Indian journal of veterinary science and animal husbandry - Volume 13,
Year: 1943
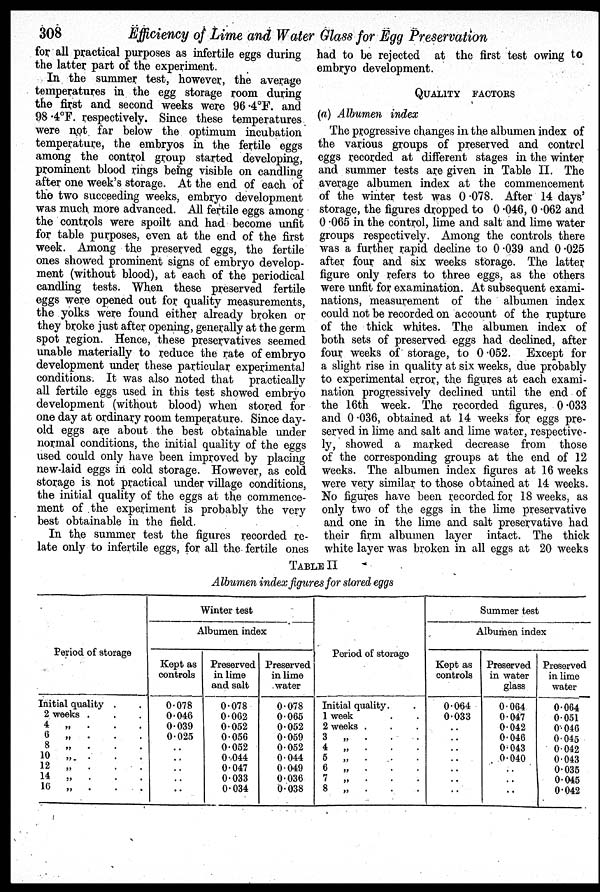
308 Efficiency of Lime and Water Glass for Egg Preservation
for all practical purposes as infertile eggs during
the latter part of the experiment.
In the summer test, however, the average
temperatures in the egg storage room during
the first and second weeks were 96.4ºF. and
98.4ºF. respectively. Since these temperatures
were not far below the optimum incubation
temperature, the embryos in the fertile eggs
among the control group started developing,
prominent blood rings being visible on candling
after one week's storage. At the end of each of
the two succeeding weeks, embryo development
was much, more advanced. All fertile eggs among
the controls were spoilt and had become unfit
for table purposes, even at the end of the first
week. Among the preserved eggs, the fertile
ones showed prominent signs of embryo develop-
ment (without blood), at each of the periodical
candling tests. When these preserved fertile
eggs were opened out for quality measurements,
the yolks were found either already broken or
they broke just after opening, generally at the germ
spot region. Hence, these preservatives seemed
unable materially to reduce the rate of embryo
development under these particular experimental
conditions. It was also noted that
practically
all fertile eggs used in this test showed embryo
development (without blood) when stored for
one day at ordinary room temperature. Since day-
old eggs are about the best obtainable under
normal conditions, the initial quality of the eggs
used could only have been improved by placing
new-laid eggs in cold storage. However, as cold
storage is not practical under village conditions,
the initial quality of the eggs at the commence-
ment of the experiment is probably the very
best obtainable in the field.
In the summer test the figures recorded re-
late only to infertile eggs, for all the fertile ones
had to be rejected at the first test owing to
embryo development.
QUALITY FACTORS
(a) Albumen index
The progressive changes in the albumen index of
the various groups of preserved and control
eggs recorded at different stages in the winter
and summer tests are given in Table II. The
average albumen index at the commencement
of the winter test was 0.078. After 14 days'
storage, the figures dropped to 0.046, 0.062 and
0.065 in the control, lime and salt and lime water
groups respectively. Among the controls there
was a further rapid decline to 0.039 and 0.025
after four and six weeks storage. The latter
figure only refers to three eggs, as the others
were unfit for examination. At subsequent exami-
nations, measurement of the albumen index
could not be recorded on account of the rupture
of the thick whites. The albumen index of
both sets of preserved eggs had declined, after
four weeks of' storage, to 0.052. Except for
a slight rise in quality at six weeks, due probably
to experimental error, the figures at each exami-
nation progressively declined until the end of
the 16th week. The recorded figures, 0.033
and 0.036, obtained at 14 weeks for eggs pre-
served in lime and salt and lime water, respective-
ly, showed a marked decrease from those
of the corresponding groups at the end of 12
weeks. The albumen index figures at 16 weeks
were very similar to those obtained at 14 weeks.
No figures have been recorded for 18 weeks, as
only two of the eggs in the lime preservative
and one in the lime and salt preservative had
their firm albumen layer intact. The thick
white layer was broken in all eggs at 20 weeks
TABLE II
Albumen index figures for stored eggs
Period of storage
Initial quality . .
2 weeks . . .
4 „ . . .
6 „ . . .
8 „ . . .
10 „ . . .
12 „ . . .
14 „ . . .
16
„
.
.
.
Winter test
Albumen index
Kept as
controls
0.078
0.046
0.039
0.025
. .
. .
. .
. .
. .
Preserved
in lime
and salt
0.078
0.062
0.052
0.056
0.052
0.044
0.047
0.033
0.034
Preserved
in lime
water
0.078
0.065
0.052
0.059
0.052
0.044
0.049
0.036
0.038
Period of storage
Initial quality. .
1 week ..
2 weeks . . .
3 „ . . .
4 „ . . .
5 „ . . .
6 „ . . .
7 „ . . .
8 „ . . .
Summer test
Albumen index
Kept as
controls
0.064
0.033
. .
. .
. .
. .
. .
. .
. .
Preserved
in water
glass
0.064
0.047
0.042
0.046
0.043
0.040
. .
. .
. .
Preserved
in lime
water
0.064
0.051
0.046
0.045
0.042
0.043
0.035
0.045
0.042